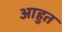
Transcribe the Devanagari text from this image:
आहुत